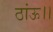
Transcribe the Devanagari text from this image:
ठांऊ।।